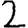
Digit: 2